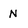
Character: N